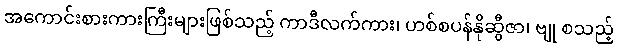
အကောင်းစားကားကြီးများဖြစ်သည့် ကာဒီလက်ကား၊ ဟစ်စပန်နိုဆွီဇာ၊ ဗျု စသည့်